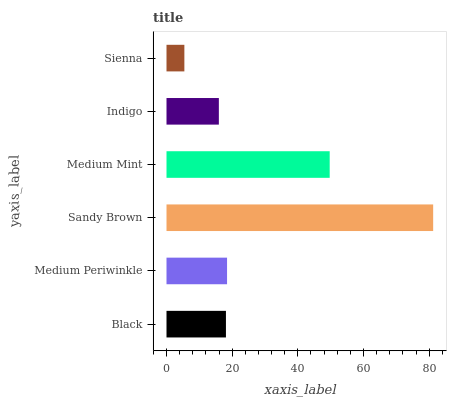
| yaxis_label | bars |
 | --- | --- |
 | Black | 18.1 |
 | Medium Periwinkle | 18.4 |
 | Sandy Brown | 81.2 |
 | Medium Mint | 49.7 |
 | Indigo | 15.9 |
 | Sienna | 5.44 |